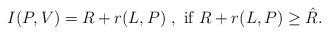
LaTeX: \begin{align*}I(P,V) = R + r(L,P) \ , \mbox{\ if } R + r(L,P) \ge \hat{R}.\end{align*}